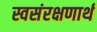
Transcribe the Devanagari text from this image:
स्वसंरक्षणार्थ